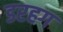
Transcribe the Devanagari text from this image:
डरहग